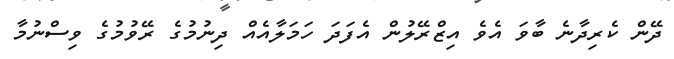
ދޭން ކެރިދާނެ ބާވަ އެވެ އިޒްރޭލުން އެފަދަ ހަމަލާއެއް ދިނުމުގެ ރޭވުމުގެ ވިސްނުމާ